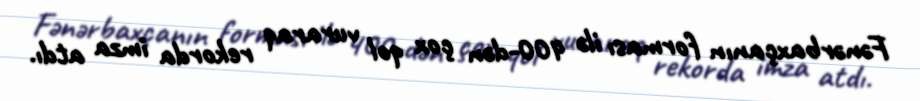
Fənərbaxçanın forması ilə 400-dən çox qol vuraraq rekorda imza atdı.